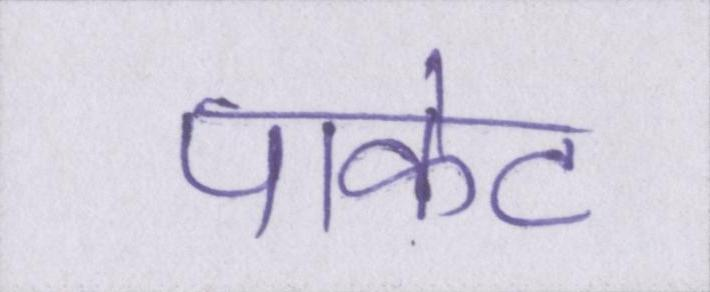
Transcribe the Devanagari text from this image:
पाकेट